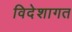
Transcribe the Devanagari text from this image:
विदेशागत